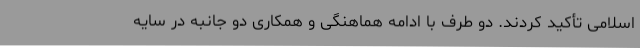
اسلامی تأکید کردند. دو طرف با ادامه هماهنگی و همکاری دو جانبه در سایه